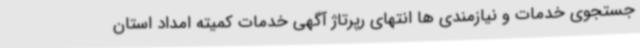
جستجوی خدمات و نیازمندی ها انتهای رپرتاژ آگهی خدمات کمیته امداد استان